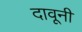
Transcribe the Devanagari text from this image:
दावूनी